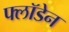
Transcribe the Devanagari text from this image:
फ्लॉडेन